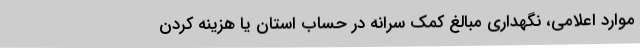
موارد اعلامی، نگهداری مبالغ کمک سرانه در حساب استان یا هزینه کردن